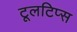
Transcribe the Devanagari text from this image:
टूलटिप्स